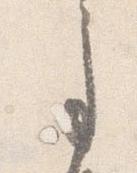
事